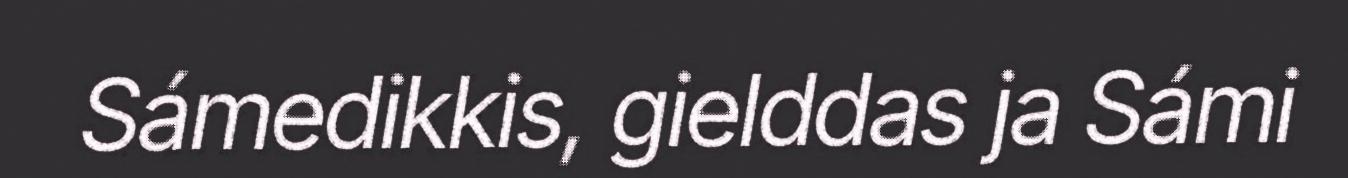
Sámedikkis, gielddas ja Sámi